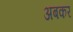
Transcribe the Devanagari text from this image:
अबकर